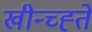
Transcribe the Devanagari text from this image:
खीन्च्ह्ते